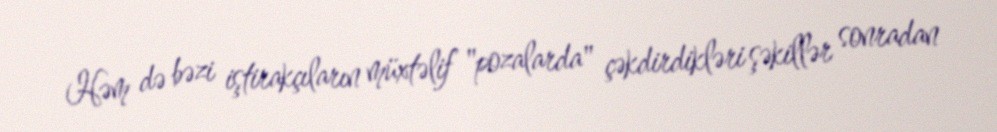
Həm də bəzi iştirakçıların müxtəlif "pozalarda" çəkdirdikləri şəkillər sonradan